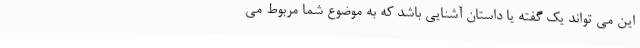
این می تواند یک گفته یا داستان آشنایی باشد که به موضوع شما مربوط می